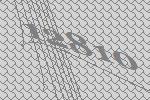
12810